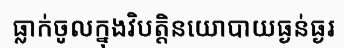
ធ្លាក់ចូលក្នុងវិបត្តិនយោបាយធ្ងន់ធ្ងរ